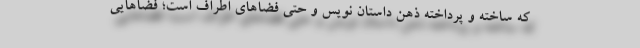
که ساخته و پرداخته ذهن داستان نویس و حتی فضاهای اطراف است؛ فضاهایی